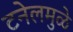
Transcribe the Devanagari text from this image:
टनेलमुळे